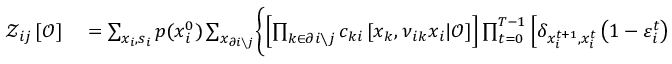
\begin{array} { r l } { \mathcal { Z } _ { i j } \left[ \boldsymbol { \mathcal { O } } \right] } & { { } = \sum _ { \boldsymbol { x } _ { i } , \boldsymbol { s } _ { i } } p ( x _ { i } ^ { 0 } ) \sum _ { \boldsymbol { x } _ { \partial i \setminus j } } \Biggl \{ \left[ \prod _ { k \in \partial i \setminus j } c _ { k i } \left[ \boldsymbol { x } _ { k } , \boldsymbol { \nu } _ { i k } \boldsymbol { x } _ { i } | \boldsymbol { \mathcal { O } } \right] \right] \prod _ { t = 0 } ^ { T - 1 } \left[ \delta _ { x _ { i } ^ { t + 1 } , x _ { i } ^ { t } } \left( 1 - \varepsilon _ { i } ^ { t } \right) e ^ { s _ { i } ^ { t } + \sum _ { k \in \partial i \setminus j } \nu _ { k i } ^ { t } x _ { k } ^ { t } } \right. } \end{array}